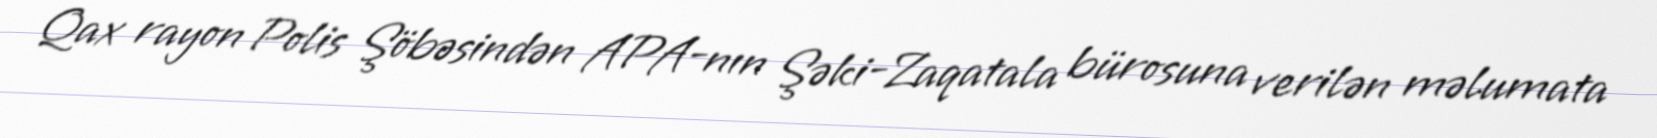
Qax rayon Polis Şöbəsindən APA-nın Şəki-Zaqatala bürosuna verilən məlumata